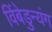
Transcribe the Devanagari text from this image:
विंबेडुन्यंग